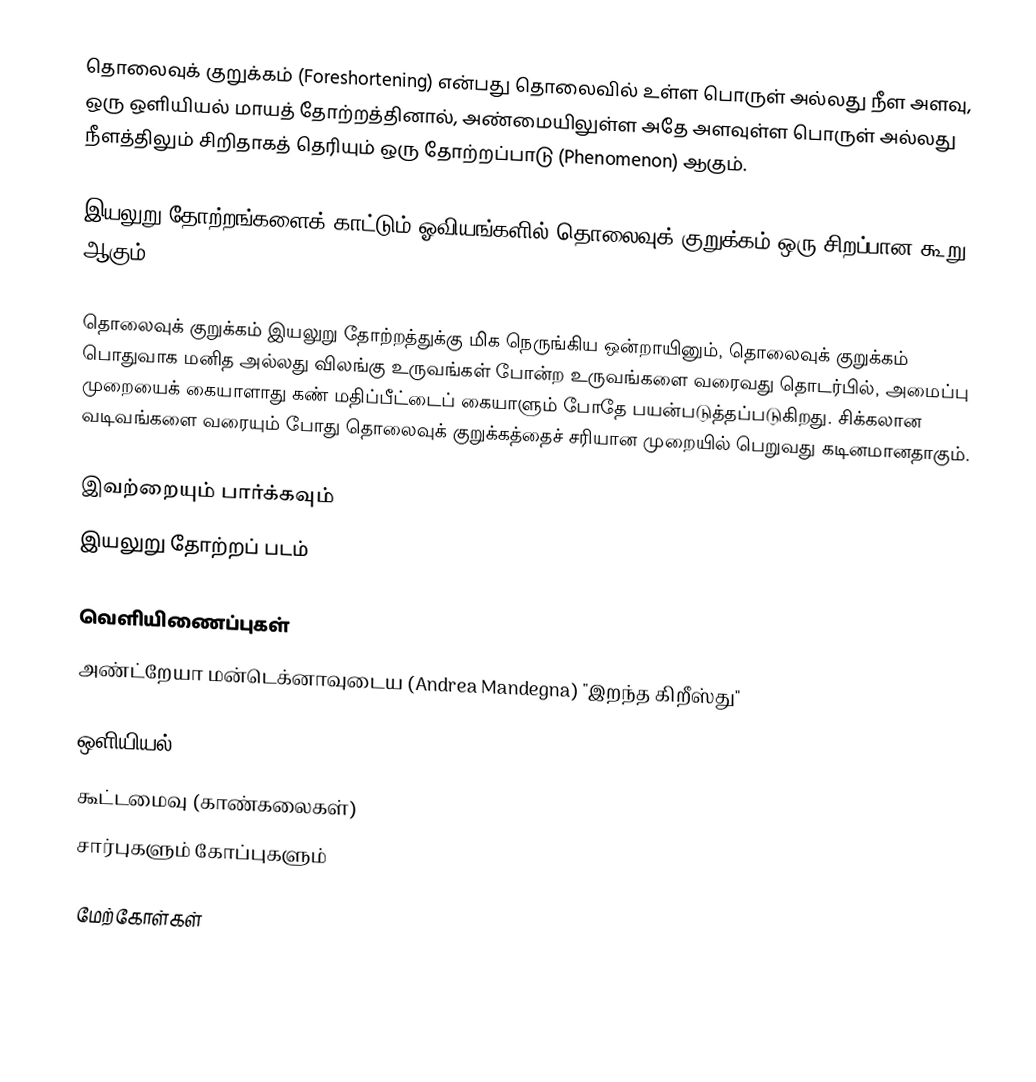
தொலைவுக் குறுக்கம் (Foreshortening) என்பது தொலைவில் உள்ள பொருள் அல்லது நீள அளவு, ஒரு ஒளியியல் மாயத் தோற்றத்தினால், அண்மையிலுள்ள அதே அளவுள்ள பொருள் அல்லது நீளத்திலும் சிறிதாகத் தெரியும் ஒரு தோற்றப்பாடு (Phenomenon) ஆகும்.

இயலுறு தோற்றங்களைக் காட்டும் ஓவியங்களில் தொலைவுக் குறுக்கம் ஒரு சிறப்பான கூறு ஆகும்.

தொலைவுக் குறுக்கம் இயலுறு தோற்றத்துக்கு மிக நெருங்கிய ஒன்றாயினும், தொலைவுக் குறுக்கம் பொதுவாக மனித அல்லது விலங்கு உருவங்கள் போன்ற உருவங்களை வரைவது தொடர்பில், அமைப்பு முறையைக் கையாளாது கண் மதிப்பீட்டைப் கையாளும் போதே  பயன்படுத்தப்படுகிறது. சிக்கலான வடிவங்களை வரையும் போது தொலைவுக் குறுக்கத்தைச் சரியான முறையில் பெறுவது கடினமானதாகும்.

இவற்றையும் பார்க்கவும்
இயலுறு தோற்றப் படம்

வெளியிணைப்புகள்
அண்ட்றேயா மன்டெக்னாவுடைய (Andrea Mandegna) "இறந்த கிறீஸ்து"

ஒளியியல்
கூட்டமைவு (காண்கலைகள்)
சார்புகளும் கோப்புகளும்

மேற்கோள்கள்

en:Perspective (graphical)#Foreshortening